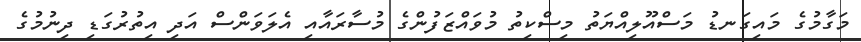
މަގާމުގެ މައިގަނޑު މަސްއޫލިއްޔަތު މިސްކިތު މުވައްޒަފުންގެ މުސާރައާއި އެލަވަންސް އަދި އިތުރުގަޑި ދިނުމުގެ